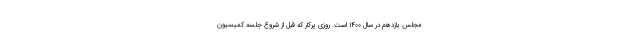
مجلس یازدهم در سال ۱۴۰۰ است. روزی پرکار که قبل از شروع جلسه کمیسیون